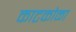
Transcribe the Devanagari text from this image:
काटकोळा